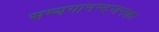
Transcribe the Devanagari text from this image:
सम्यगानन्दजनकः